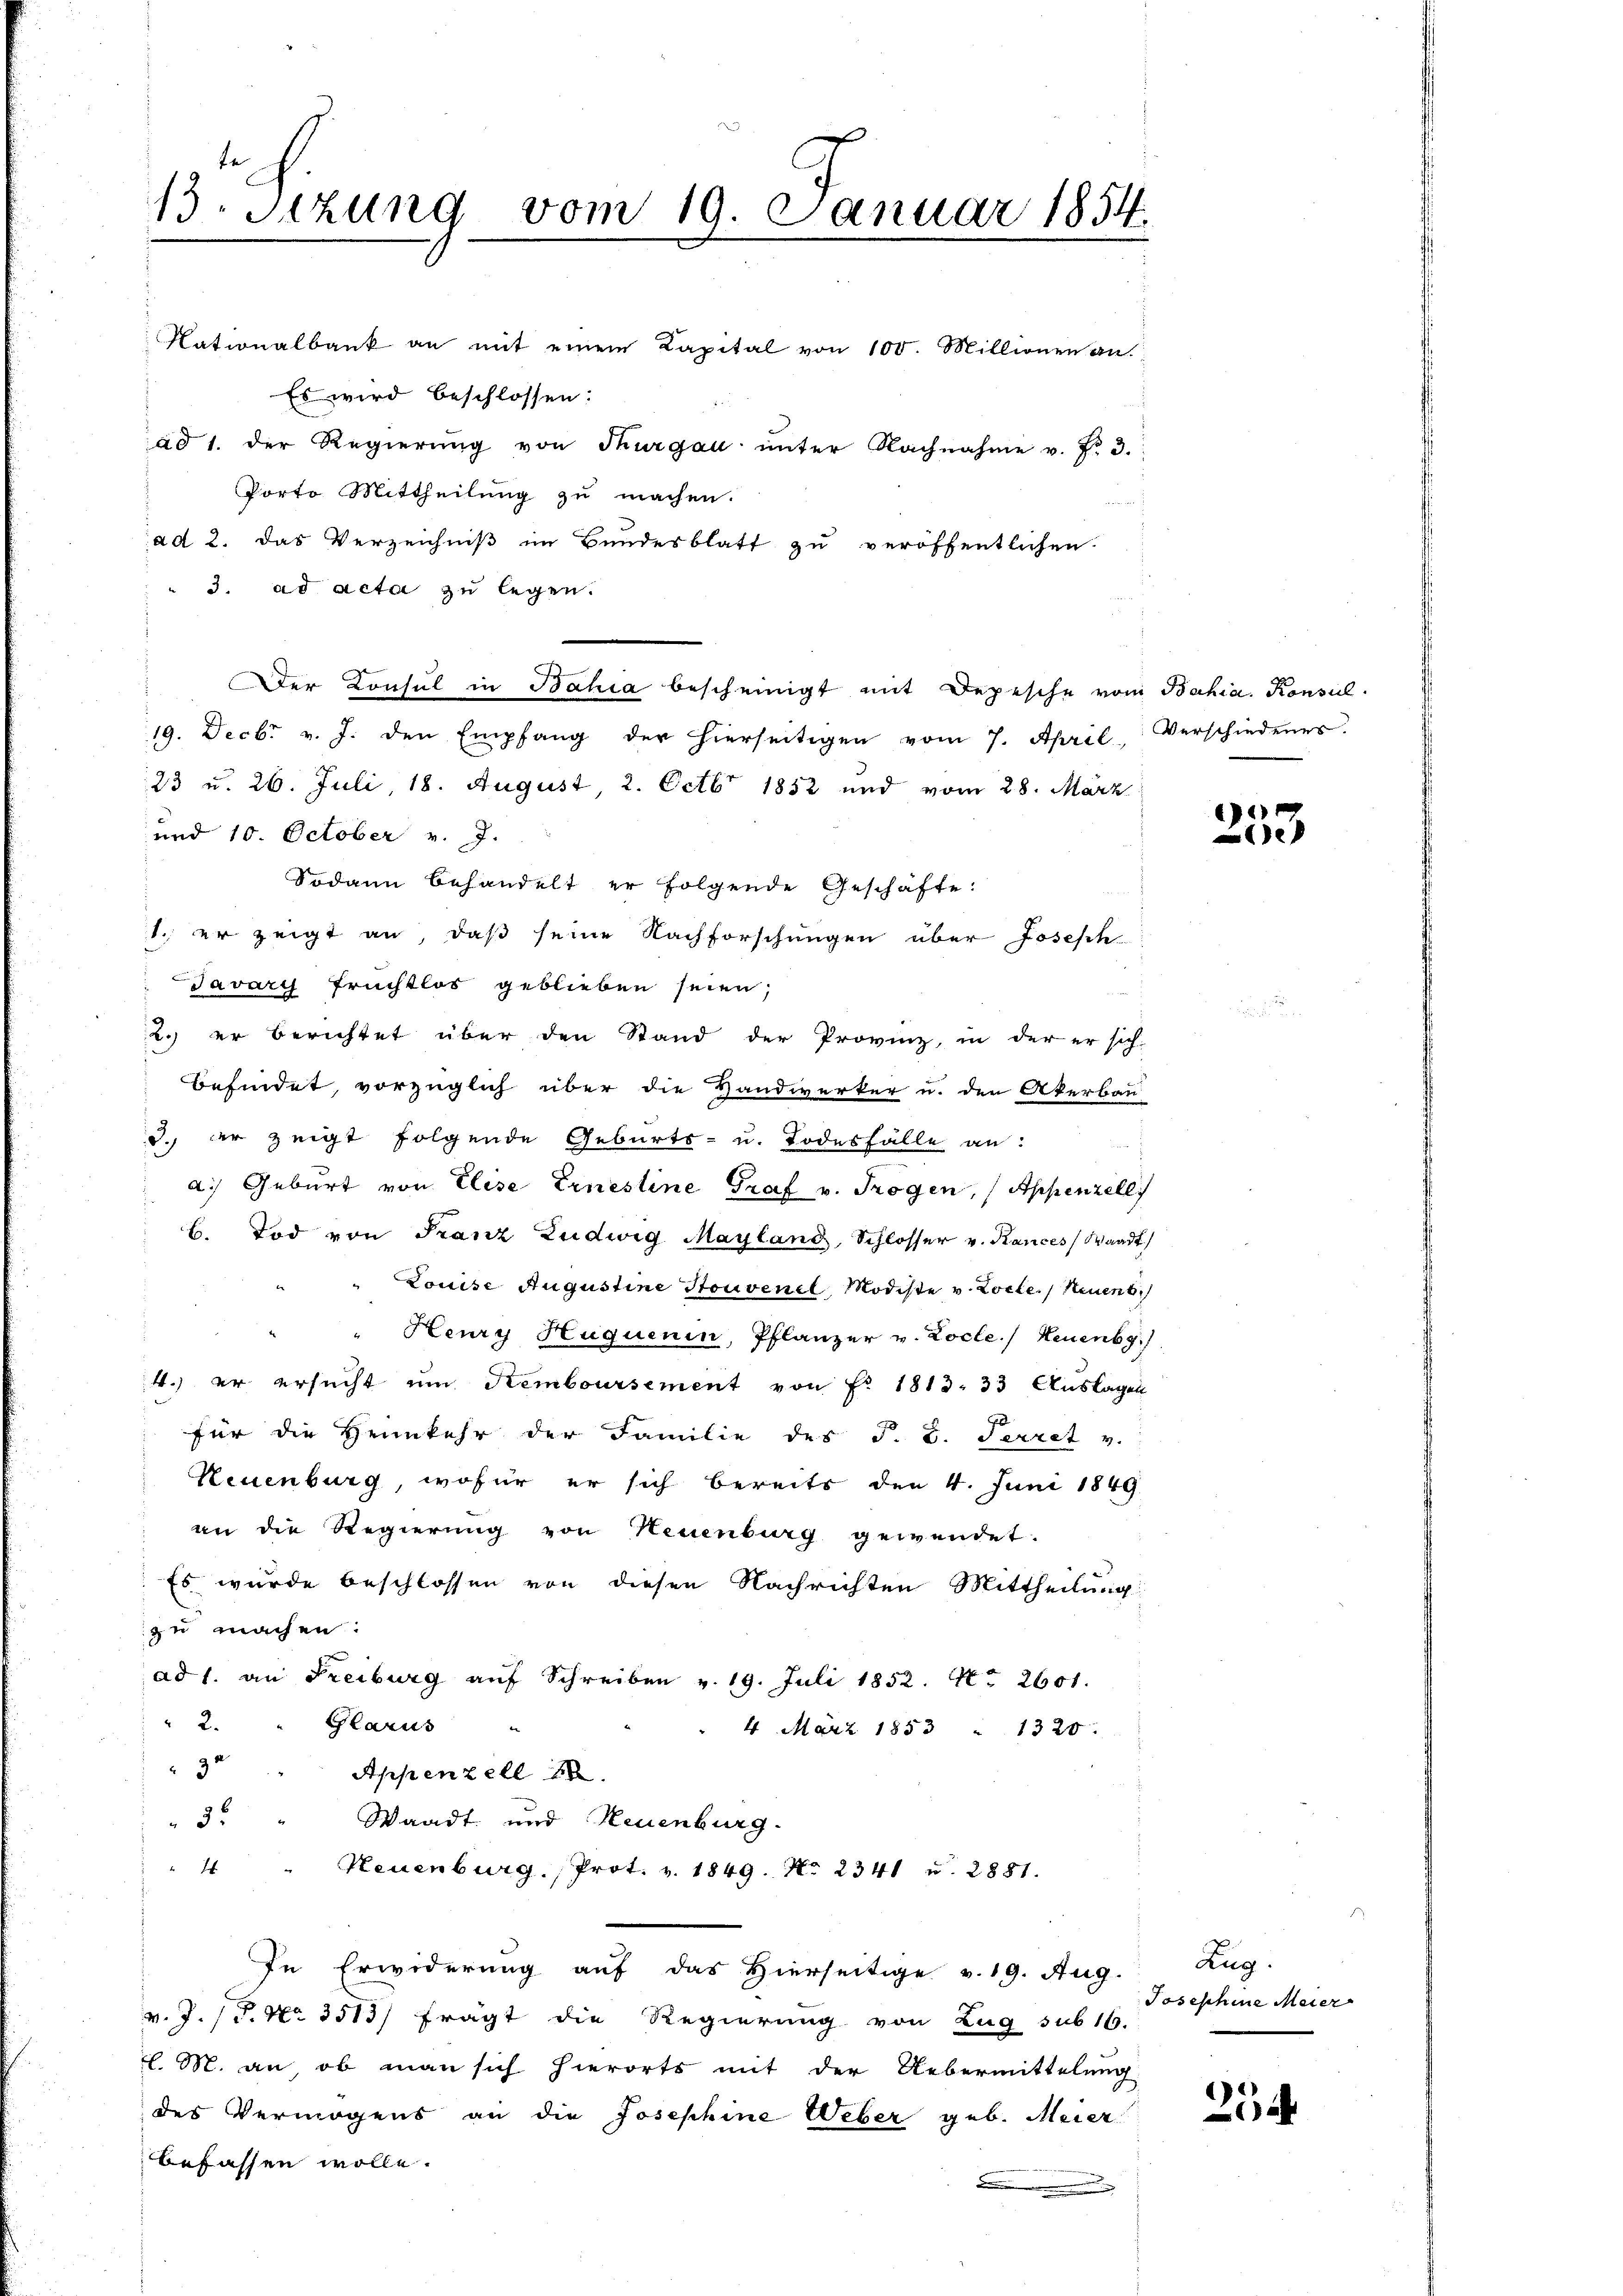
13. Stzung vom 19. Januar 1854.

Es wird beschlossen:
ad 1. der Regierŭng von Thurgau ŭnter Nachnahme v. Fr. 3.
Porto Mittheilung zu machen.
ad 2. das Verzeichniß im Bundesblatt zu veröffentlichen
3. ad acta zu legen.
Der Konsul in Bahia bescheinigt mit Depesche vom Bahia Konsul¬
19. Decbr v. J. den Empfang der hierseitigen vom 7. April, Verschiedenes.
23 u. 26. Juli, 18. August, 2. Octbr 1852 und vom 28. März
und 10. October v. J.
Sodann behandelt er folgende Geschäfte:
1. er zeigt an, daß seine Nachforschungen über Joseph-
Javary Fruchtlos geblieben seien;
2.) er berichtet über den Stand der Provinz, in der er sich
Befindet, vorzüglich über die Handwerker u. den Akerbau
3. der zeigt folgende Geburts- u. Todesfälle an:
a.) Geburt von Elise Ernestine Graf v. Trogen, (Appenzell
B. Tod von Franz Ludwig Mayland, Schlosser v. Rances Waadt)
Louise Augustine Stouvenel Modiste v. Loche Neuenb
"Heury Huquenin, Pflanzer v. Locle./ Neuenbg.)
4.) er ersucht um Remboursement von Fr. 1813. 33 Auslagen
für die Heimkehr der Familie des P. V. Perret v.
Neuenburg, wofür er sich bereits den 4. Juni 1849
an die Regierung von Neuenburg gewendet.
Es wurde beschlossen von diesen Nachrichten Mittheilung:
zu machen:
ad 1. an Freiburg auf Schreiben v. 19. Juli 1852. No 2601.
2.
Glarus
4. März 1853 " 1320:
3.
Appenzell
5.
Waadt und Neuenburg-
Neuenburg, Prot. v. 1849. No. 2341 u. 2881.
14.
In Erwiderung auf das Hierseitige v. 19. Aug.
v. J. P. Nr. 3513/ frägt die Regierung von Zug sub 16.
l. M. an, ob man sich hierorts mit der Uebermittelung
des Vermögens an die Josephine Ueber geb. Meier
befassen wolle.

Nationalbank an mit einem Kapital von 100. Millionen an.

e
e

Zug.
Josephine Meier

254